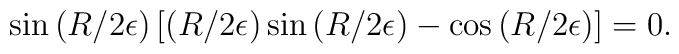
\sin\left(R/2\epsilon\right) \left[        \left(R/2\epsilon\right)\sin\left(R/2\epsilon\right)        - \cos\left(R/2\epsilon\right) \right] = 0.